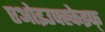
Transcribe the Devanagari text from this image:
एओइउफ्ह्केझ्फ्